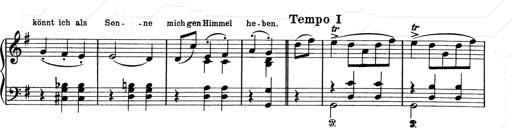
Title: 6 Polish Songs
Composer: Franz Liszt